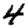
Digit: 4